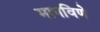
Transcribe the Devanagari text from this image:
मागविणे